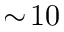
\sim \! 1 0